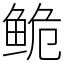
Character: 𬶏